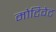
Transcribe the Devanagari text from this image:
मोटिवेट